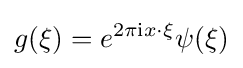
g(\xi )=e^{2\pi \mathrm {i} x\cdot \xi }\psi (\xi )